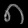
Digit: ၈